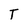
Character: T